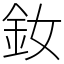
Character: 釹